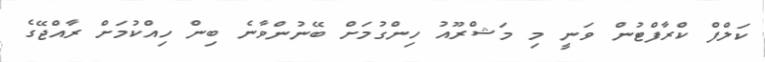
ކަލްފް ކްރާފްޓުން ވަނީ މި މަޝްރޫއު ހިންގުމަށް ބޭނުންވާނެ ބިން ހިއްކުމަށް ރާއްޖޭގެ